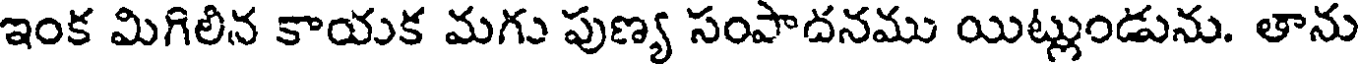
ఇంక మిగిలిన కాయక మగు పుణ్య సంపాదనము యిట్లుండును. తాను